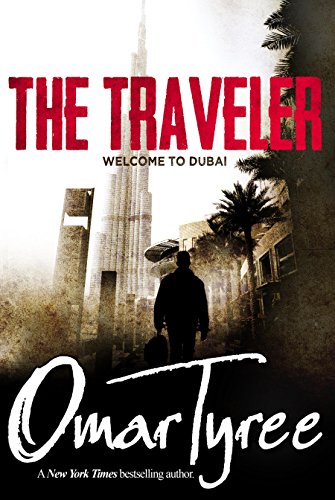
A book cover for Welcome to Dubai (The Traveler); Omar Tyree; Travel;